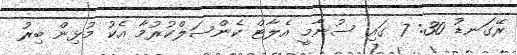
ރޭގަނޑު 30: 7 ގައި ސުނާމީ އެލާޓް ކެންސަލްކުރުމާ އެކު މުޅިން ބިރު